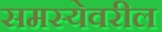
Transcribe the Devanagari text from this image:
समस्येवरील